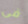
فى